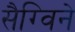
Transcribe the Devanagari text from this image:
सैग्विने